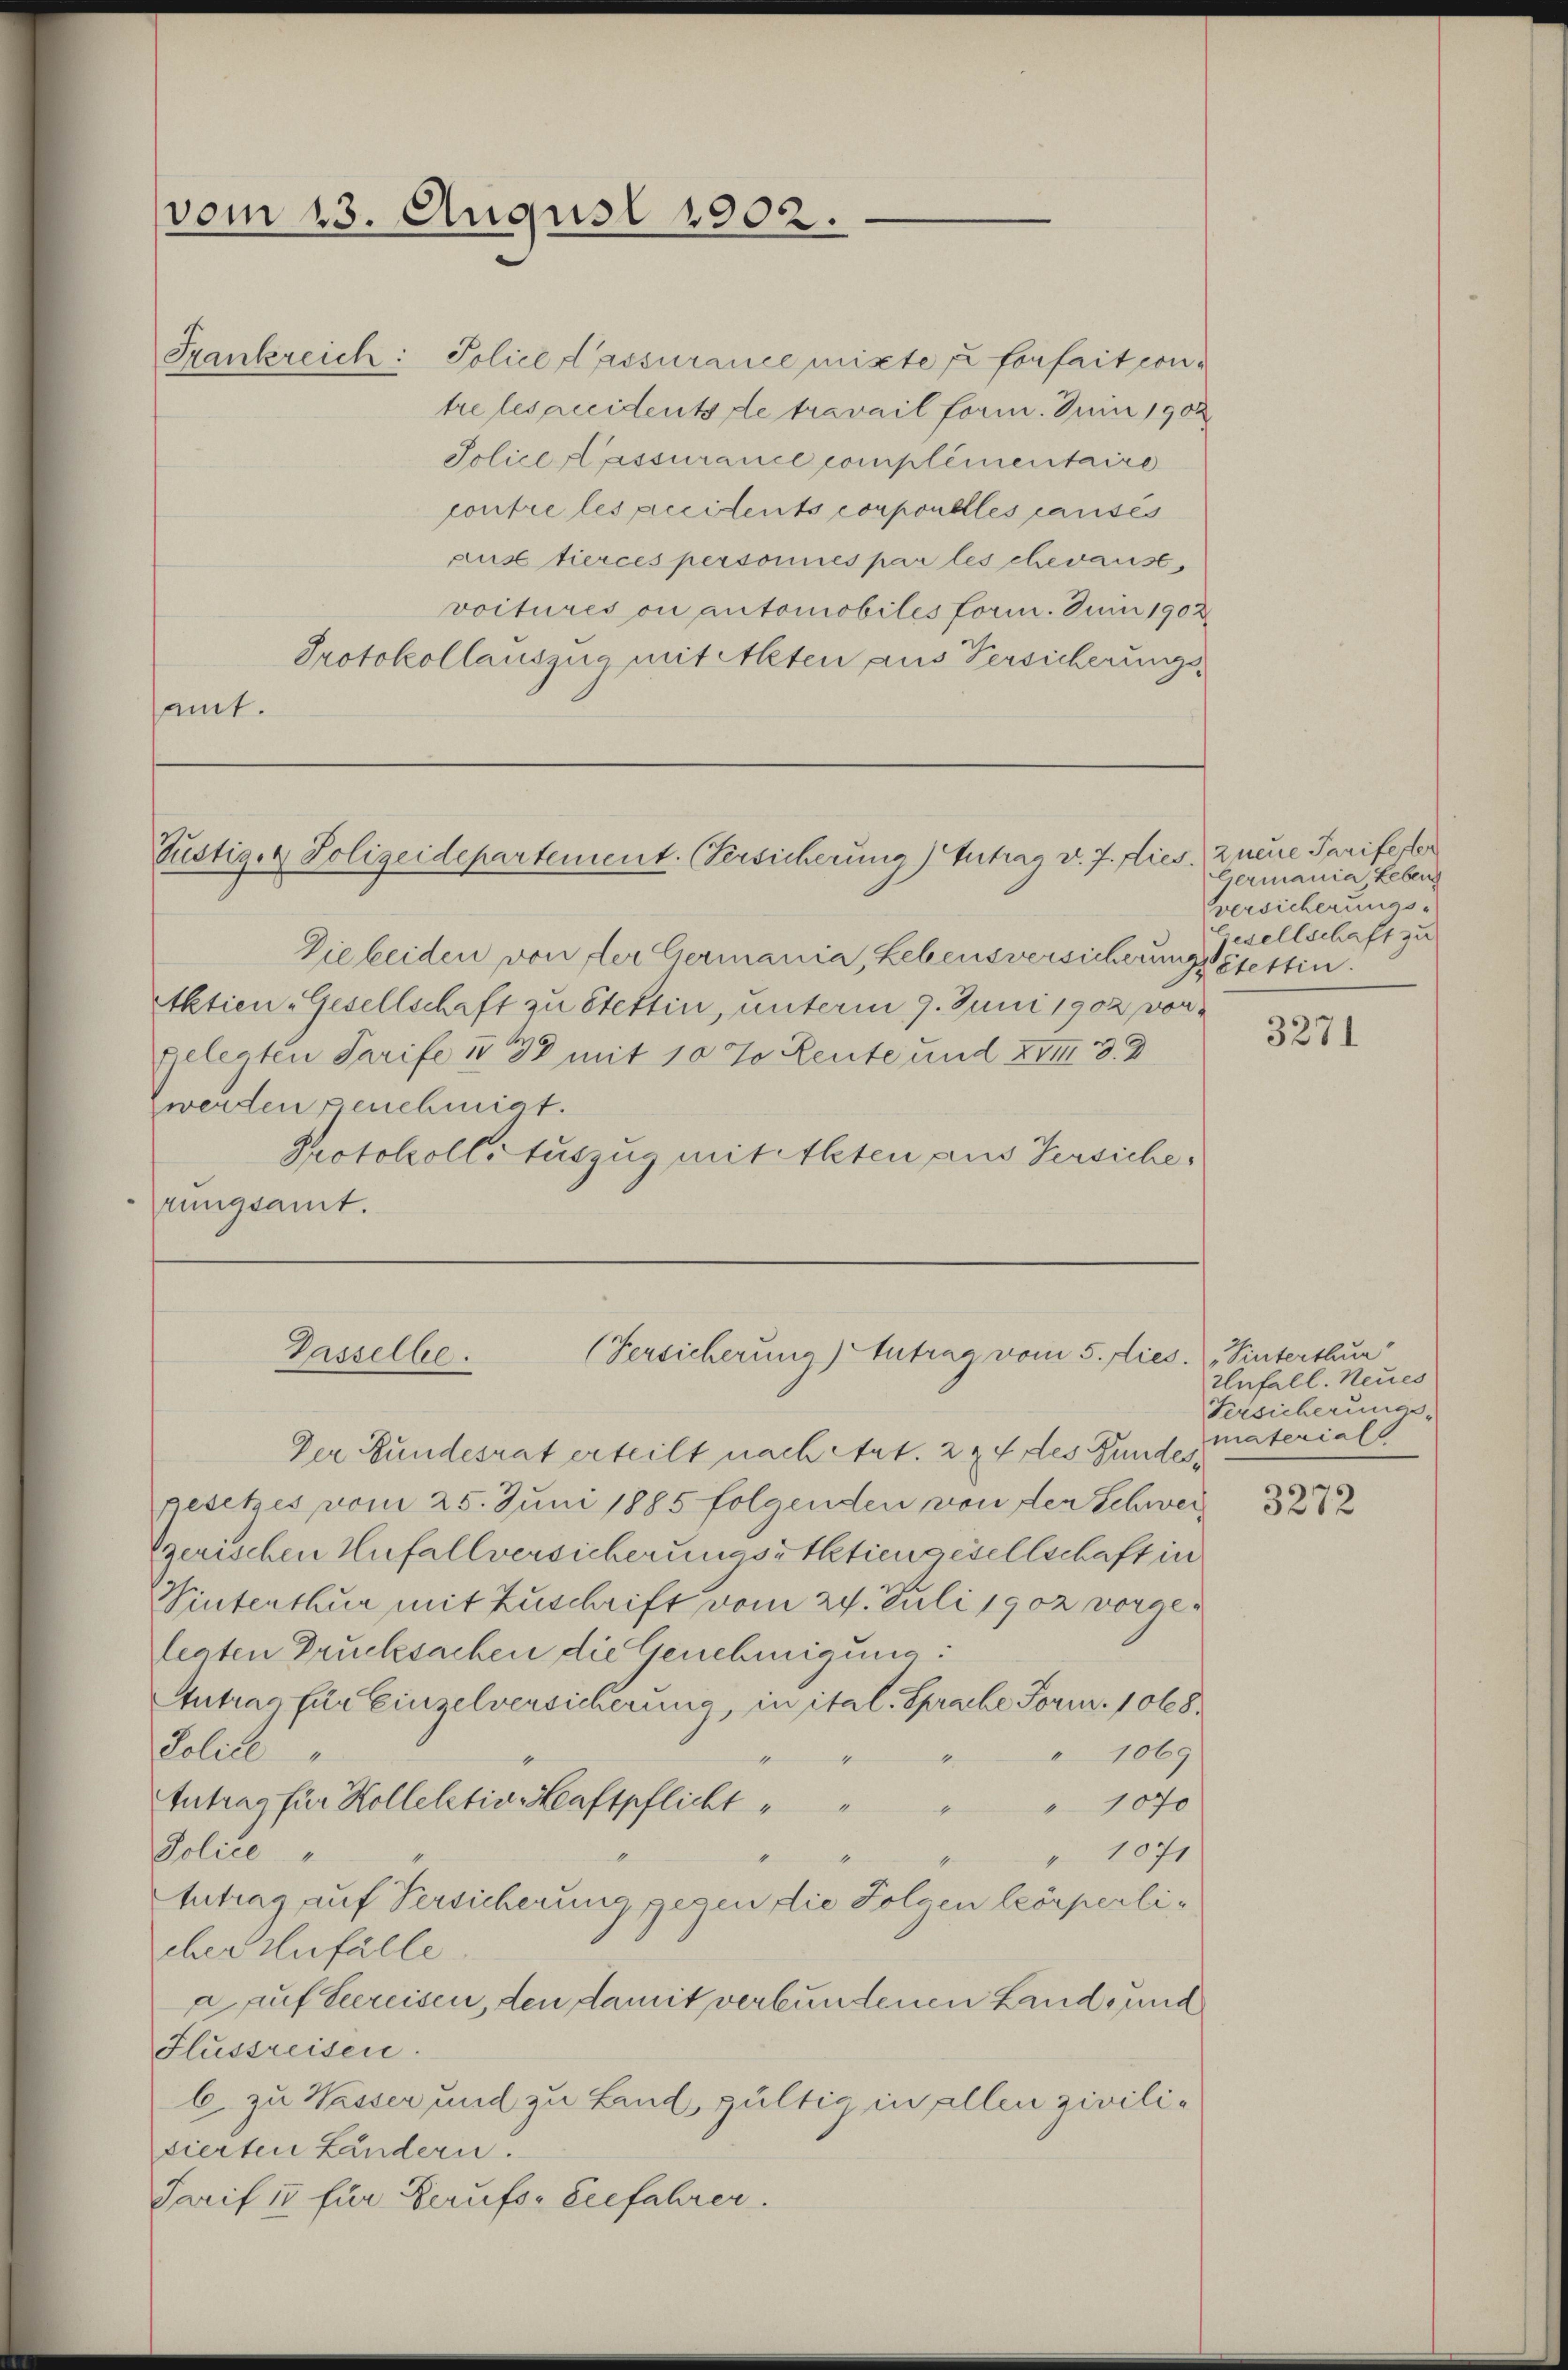
Die beiden von der Germania, Lebensversicherungsstettin.
Aktien-Gesellschaft zu Stettin, unterm 9. Juni 1902 vor¬
Gelegten Tarife IV 38 mit 10 % Rente und XIII 3. 2
worden genehmigt.
Protokollsauszug mit Akten aus Versiche,
rungsamt.

vom 23. August 1902.

Frankreich: Police d’assurance mixte u fonfait contre les accidents de travail form. Juni 1902
Jolice Passurance complementaire
contre les accidents corporelles causes
aus tierces personnes par les chevaust,
voitures ou automobiles form. Juni 1902
Protokollauszug mit Alten aus Versicherungsamt.

Justiger Polizeidepartement. Versicherung) Antrag v. J. Lies. 2 neue Tarifester

Passelbe.
(Versicherung) Antrag vom 5. dies.

Der Bundesrat erteilt nach Art. 224 des Fundesgesetzes vom 25. Juni 1885 folgenden von der Schweiz
Pzerischen Unfallversicherungsstatiengesellschaft in
Sinterthur mit Zuschrift vom 24. Juli 1902 vorgelenten Drucksachen die Genehmigung:
Intrag für Einzelversicherung in ital. Sprache Form. 1068.
Police
1069
Antrag für Kollektiv-Keaftpflicht
" 1070
4
Police "
 1071
Antrag auf Versicherung gegen die Folgen körperlieber Anfälle.
a auf Vereisen, den damit verbundenen Land, und
Flussreisen.
b. zu Wasser und zu Land, gültig in allen zivilisierten Ländern.
Tarif io für Berufs- Seefahrer.

Germania, Leben
versicherungs-
Gesellschaft zu

3271

"Sinterthur
Unfall. Neues
Versicherungsmaterial

3272